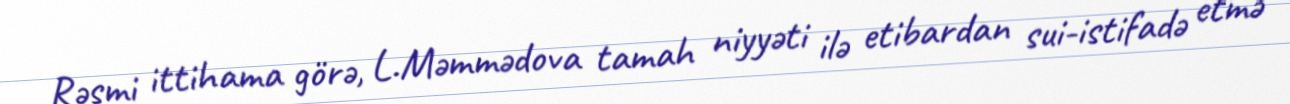
Rəsmi ittihama görə, L.Məmmədova tamah niyyəti ilə etibardan sui-istifadə etmə